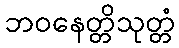
ဘဝနေတ္တိသုတ္တံ